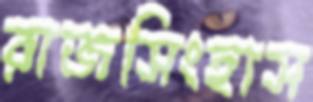
রাজসিংহাস